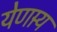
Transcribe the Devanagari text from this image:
येणार्‍य